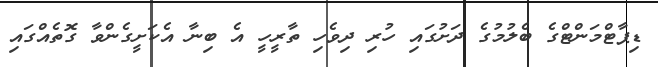
ޑިޕާޓްމަންޓްގެ ބެލުމުގެ ދަށުގައި ހުރި ދިވެހި ތާރީހީ އެ ބިނާ އެކަށީގެންވާ ގޮތެއްގައި